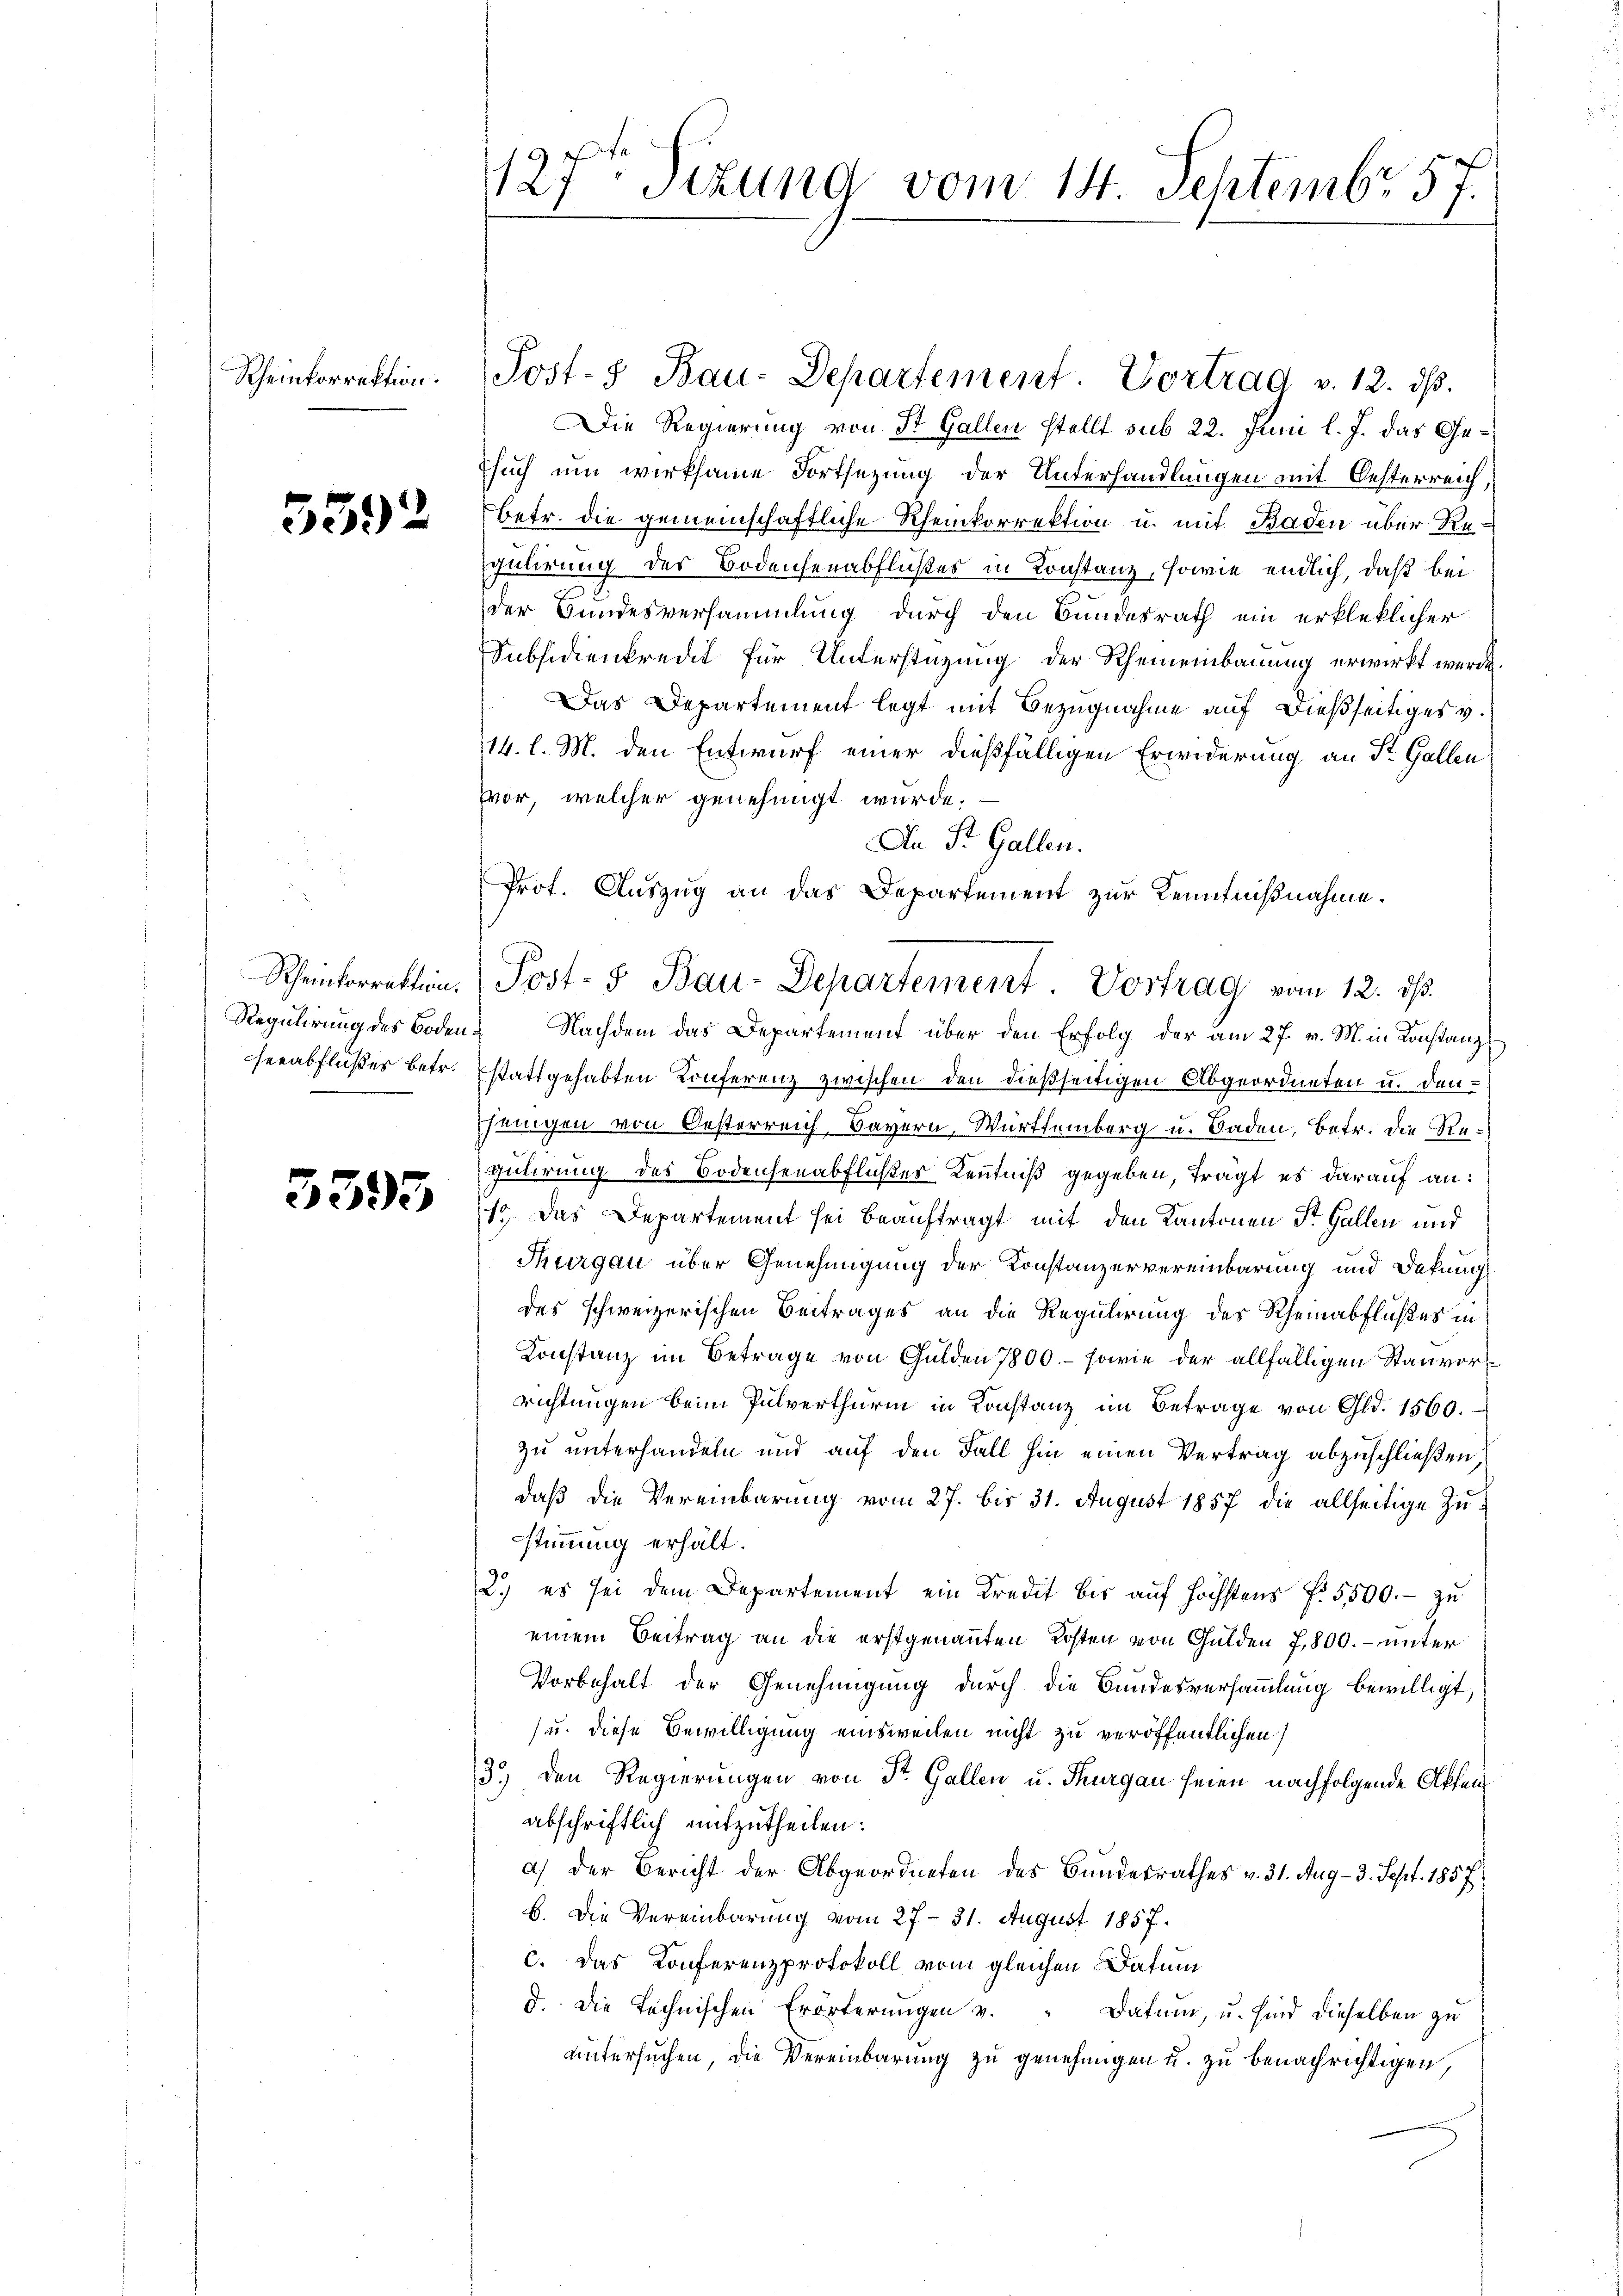
Rheinkorrektion.

5592

Rheinkorrektion.
Regulirung des Boden.
seeabflußes betr.

3595

127 Sizung vom 14. Septembr 57.

Post-8 Bau-Departement. Vortrag v. 12. ds.

An St. Gallen.
Prot. Auszug an das Departement zur Kenntnißnahme.
Post- & Bau-Departement. Vortrag vom 12. ds.

Die Regierung von St. Gallen stellt sub 22. Juni l. J. das Ge¬
Esuch um wirksame Fortsetzung der Unterhandlungen mit Oesterreich,
betr. die gemeinschaftliche Rheinkorrektion u. mit Baden über Regulirung des Bodensenabflußes in Konstanz, sowie endlich, daß bei
der Bundesversammlung durch den Bundesrath ein erkleklicher
Subsidienkredit für Unterstüzung der Rheineinbauung erwirkt werde.
Das Departement legt mit Bezugnahme auf dießseitiges v.
114. l. M. den Entwurf einer dießfälligen Erwiderung an St. Gallen
vor, welcher genehmigt wurde.
Nachdem das Departement über den Erfolg der am 27. v. M. in Konstanz
stattgehabten Konferenz zwischen den dießseitigen Abgeordneten u. denjenigen von Oesterreich Bayern, Württemberg u. Baden, betr. die Re¬
Güterung des Bodensenabflicher Kenntniß gegeben, tragt es darauf an:
1 das Departement sei beauftragt mit den Kantonen St. Gallen und
Thurgau über Genehmigung der Konstanzervereinbarung und Dekung
des schweizerischen Beitrages an die Regulirung des Rheinabflußes in
Konstanz im Betrage von Gulden 7800.- sowie der allfälligen Stanvorrichtungen beim Pulverthurm in Konstanz im Betrage von Gld. 1560.
zu unterhandeln und auf den Fall hin einen Vertrag abzuschließen,
daβ die Vereinbarŭng vom 27. bis 31. August 1857 die allseitige Zŭ-
stimmung erhält.
2.) es sei dem Departement ein Kredit bis auf höchstens f. 5,500.- zu
einem Beitrag an die erstgenannten Kosten von Gulden 7,800. – unter
Vorbehalt der Genehmigung durch die Bundesversammlung bewilligt,
(u. diese Bewilligung einsweilen nicht zu veröffentlichen
3) den Regierungen von St. Gallen u. Thurgau seien nachfolgende Akten
abschriftlich mitzutheilen:
a) der Bericht der Abgeordneten des Bundesrathes v. 31. Aug - 3. Sept. 1857
b. Die Vereinbarung vom 27. 31. August 1857.
c. Das Konferenzprotokoll vom gleichen Datum
d. Die technischen Erörterungen v. " Datum, u. sind dieselben zu
untersuchen, die Vereinbarung zu genehmigen u. zu benachrichtigen,